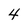
Character: 4